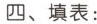
四、填表：